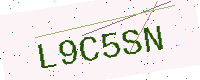
Text: L9C5SN